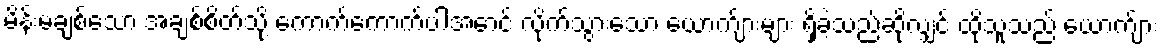
မိန်းမချစ်သော အချစ်စိတ်သို့ ကောက်ကောက်ပါအောင် လိုက်သွားသော ယောက်ျားများ ရှိခဲ့သည်ဆိုလျှင် ထိုသူသည် ယောက်ျား